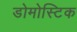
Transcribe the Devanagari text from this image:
डोमोस्टिक